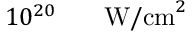
1 0 ^ { 2 0 } \ensuremath { \mathrm { ~ \textrm ~ { ~ \, ~ } ~ } } \ensuremath { \mathrm { W / c m } } ^ { 2 }